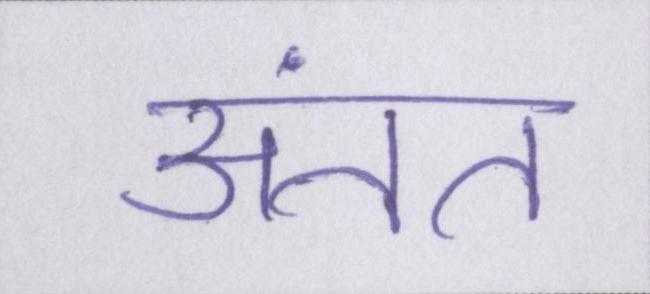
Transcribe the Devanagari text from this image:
अंतत